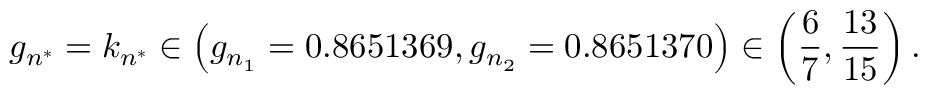
g _ { n ^ { * } } = k _ { n ^ { * } } \in \left( g _ { n _ { 1 } } = 0 . 8 6 5 1 3 6 9 , g _ { n _ { 2 } } = 0 . 8 6 5 1 3 7 0 \right) \in \left( \frac { 6 } { 7 } , \frac { 1 3 } { 1 5 } \right) .